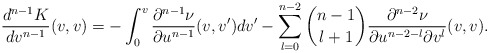
\begin{align*} \frac{d^{n-1}K}{dv^{n-1}}(v,v)=-\int_0^v\frac{\partial^{n-1}\nu}{\partial u^{n-1}}(v,v')dv'-\sum_{l=0}^{n-2}\binom{n-1}{l+1}\frac{\partial^{n-2}\nu}{\partial u^{n-2-l}\partial v^l}(v,v).\end{align*}